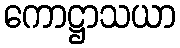
ကောဋ္ဌာသယာ